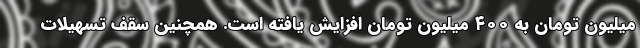
میلیون تومان به ۴۰۰ میلیون تومان افزایش یافته است. همچنین سقف تسهیلات